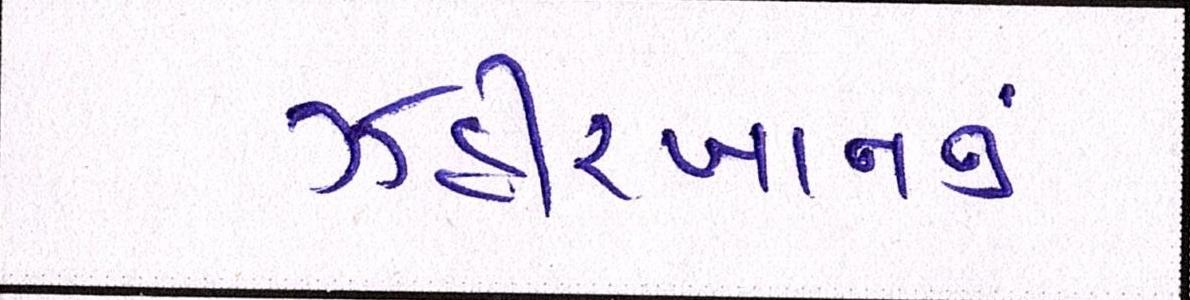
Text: ઝહીરખાનનું